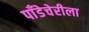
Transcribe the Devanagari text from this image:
पाँडेचेरीला